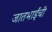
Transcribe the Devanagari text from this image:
जातभाईंची